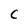
Character: C